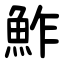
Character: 鮓